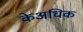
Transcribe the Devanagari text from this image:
केअधिक